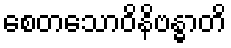
စေတသောဝိနိဗန္ဓာတိ